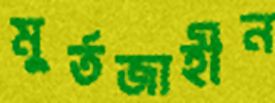
মুর্তজাহীন